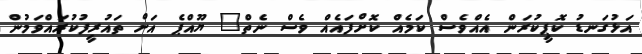
އަޅުގަނޑު ކޮޕީކުރަން އެއްވެސް ކަމެއް ކޮށްފައެއް ވެސް ނެތް" ޔޫއްޕެ އަށް ތައުރީފުކުރައްވަމުން